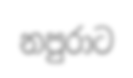
නපුරාට